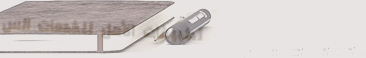
تكييفات الأمل للخدمات الس